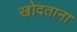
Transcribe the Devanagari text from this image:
खोदताना